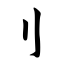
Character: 刂